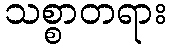
သစ္စာတရား